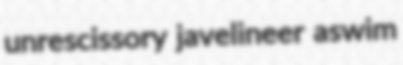
unrescissory javelineer aswim